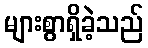
များစွာရှိခဲ့သည်